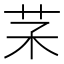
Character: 𦬽